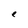
Character: e